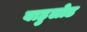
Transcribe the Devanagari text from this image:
बाहुलोड